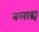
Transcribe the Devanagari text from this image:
बलाद्य